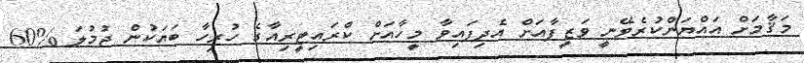
މަޤާމަށް އައްޔަންކުރެވޭނީ ވަޒީފާއަށް އެދިފައިވާ މީހާއަށް ކްރައިޓީރިއާގެ ހުރިހާ ބަޔަކުން ޖުމުލަ %60